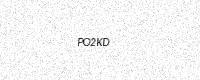
Text: PO2KD